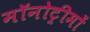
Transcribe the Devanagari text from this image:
मॉनोट्रीमों